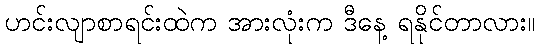
ဟင်းလျာစာရင်းထဲက အားလုံးက ဒီနေ့ ရနိုင်တာလား။